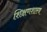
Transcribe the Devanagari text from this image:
शिक्षणशास्‍त्र